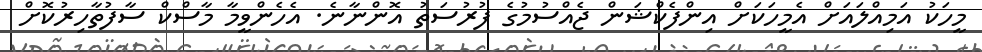
މީހަކު އަމިއްލައަށް އެމީހަކަށް އިންފެކްޝަން ޖެއްސުމުގެ ފުރުސަތު އޮންނާނެ. އެހެންވީމާ މާސްކް ސާފުތާހިރުކޮށް